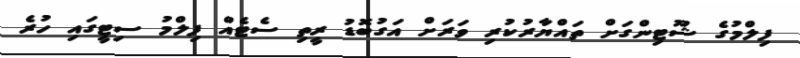
ފިލްމުގެ ޝޫޓިންގަށް ތައްޔާރުކުރި ވަރަށް އަގުބޮޑު ރީތި ސެޓެއް ފިލްމު ސިޓީގައި ހުރެ